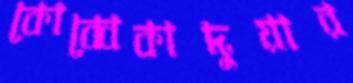
কোব্বেকাদুয়ার